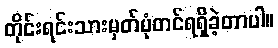
တိုင်းရင်းသားမှတ်ပုံတင်ရရှိခဲ့တာပါ။